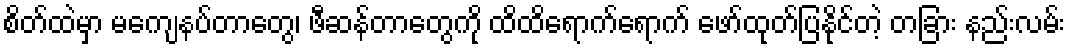
စိတ်ထဲမှာ မကျေနပ်တာတွေ၊ ဖီဆန်တာတွေကို ထိထိရောက်ရောက် ဖော်ထုတ်ပြနိုင်တဲ့ တခြား နည်းလမ်း